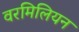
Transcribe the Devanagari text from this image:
वरमिलियन